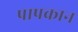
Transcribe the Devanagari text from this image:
पापकान